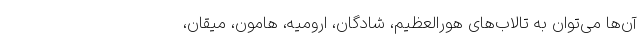
آن‌ها می‌توان به تالاب‌های هورالعظیم، شادگان، ارومیه، هامون، میقان،